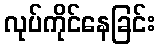
လုပ်ကိုင်နေခြင်း